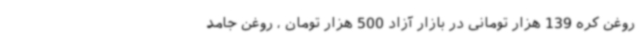
روغن کره 139 هزار تومانی در بازار آزاد 500 هزار تومان ، روغن جامد